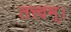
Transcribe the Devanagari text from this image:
तत्त्‍वम्।